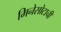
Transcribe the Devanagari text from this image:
मिनेसोटाची